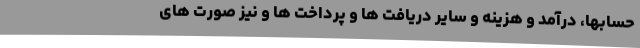
حسابها، درآمد و هزینه و سایر دریافت ها و پرداخت ها و نیز صورت های